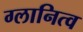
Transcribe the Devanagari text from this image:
ग्लानित्व